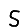
Digit: 5